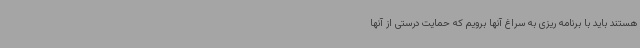
هستند باید با برنامه ریزی به سراغ آنها برویم که حمایت درستی از آنها